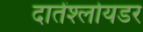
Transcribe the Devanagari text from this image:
दातेंश्लोयडर